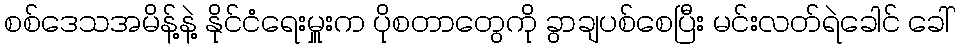
စစ်ဒေသအမိန့်နဲ့ နိုင်ငံရေးမှူးက ပိုစတာတွေကို ခွာချပစ်စေပြီး မင်းလတ်ရဲခေါင် ခေါ်